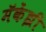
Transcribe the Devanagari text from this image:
मॅकेंझी